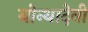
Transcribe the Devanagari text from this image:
बोन्थादेवी